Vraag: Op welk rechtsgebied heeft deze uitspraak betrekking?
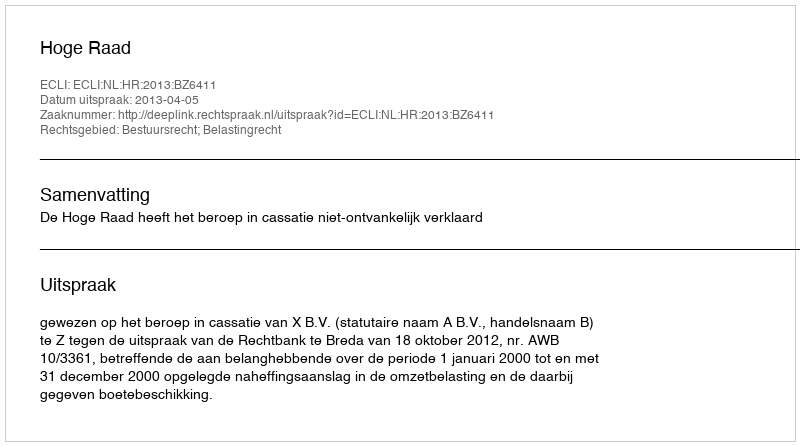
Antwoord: Bestuursrecht; Belastingrecht